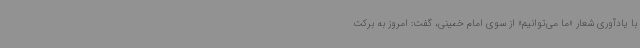
با یادآوری شعار «ما می‌توانیم» از سوی امام خمینی، گفت: امروز به برکت